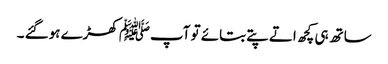
ساتھ ہی کچھ اتے پتے بتائے تو آپﷺ کھڑے ہوگئے ۔